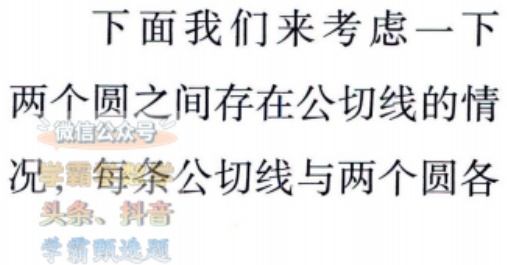
下面我们来考虑一下
两个圆之间存在公切线的情
况， 每条公切线与两个圆各
头条、抖音
学霸甄选題